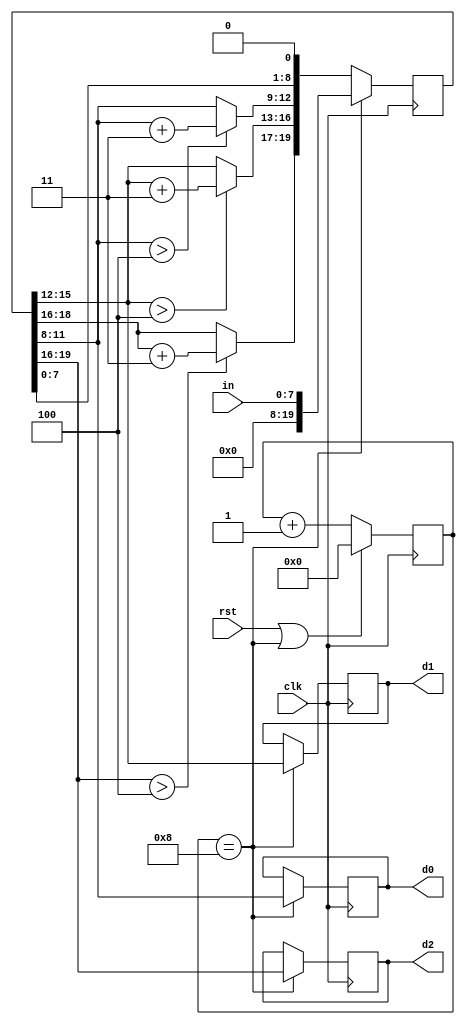
/*****************************************************************/
/*                                                               */
/* 8 bites binaris szamokat alakit at 3 digites BCD formatumba   */
/* shift-add-3 (double dabble) algoritmussal. A konverzio 8      */
/* orajelnyi idot vesz igenybe. A kimenetek mindig ervenyesek.   */
/*                                                               */
/*****************************************************************/

module bin2bcd(
	input           clk,
	input           rst,
	input     [7:0] in,
	output reg[3:0] d2,
	output reg[3:0] d1,
	output reg[3:0] d0
);

reg[3:0] cntr;
always@(posedge clk)
	cntr<=(rst|(cntr==8))?4'd0:(cntr+1'b1);

reg[19:0] w;
always@(posedge clk)
	if(cntr==8)
		w<={12'd0, in};
	else
		w<={(w[19:16]>4)?(w[19:16]+4'd3):w[19:16], (w[15:12]>4)?(w[15:12]+4'd3):w[15:12], (w[11:8]>4)?(w[11:8]+4'd3):w[11:8],w[7:0]} << 1;

always@(posedge clk)
	if(cntr==8)
	begin
		d2<=w[19:16];
		d1<=w[15:12];
		d0<=w[11:8];
	end

endmodule